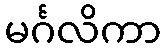
မင်္ဂလိကာ